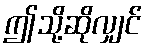
ဤသို့ဆိုလျှင်